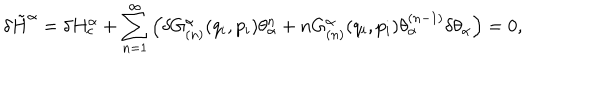
LaTeX: \delta \tilde { H } ^ { \alpha } = \delta H _ { c } ^ { \alpha } + \sum _ { n = 1 } ^ { \infty } \left( \delta G _ { ( n ) } ^ { \alpha } ( q _ { i } , p _ { i } ) \theta _ { \alpha } ^ { n } + n G _ { ( n ) } ^ { \alpha } ( q _ { i } , p _ { i } ) \theta _ { \alpha } ^ { ( n - 1 ) } \delta \theta _ { \alpha } \right) = 0 ,